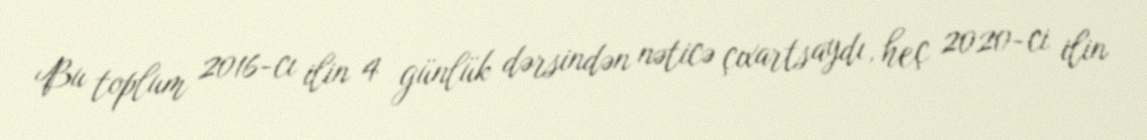
Bu toplum 2016-cı ilin 4 günlük dərsindən nəticə çıxartsaydı, heç 2020-ci ilin